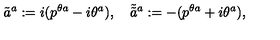
\tilde { a } ^ { a } : = i ( p ^ { \theta a } - i \theta ^ { a } ) , \quad \tilde { \tilde { a } } { } ^ { a } : = - ( p ^ { \theta a } + i \theta ^ { a } ) ,